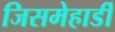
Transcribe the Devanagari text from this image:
जिसमेहार्डी